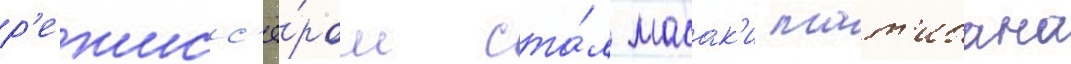
р'ежисс'ё́ром ста́л масак'и тат'ибана